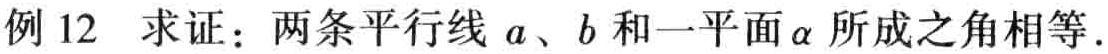
例 12 求证：两条平行线 \(a\)、\(b\) 和一平面 \(\alpha\) 所成之角相等.